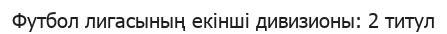
Футбол лигасының екінші дивизионы: 2 титул